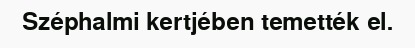
Széphalmi kertjében temették el.